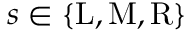
s \in \{ \mathrm { L } , \mathrm { M } , \mathrm { R } \}